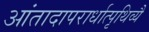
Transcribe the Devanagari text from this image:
आंतादापरार्धात्पृथिव्यै